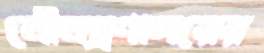
নৌমন্ত্রণালয়ের